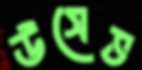
উসেভ